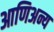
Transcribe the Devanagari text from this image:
आणिअन्य